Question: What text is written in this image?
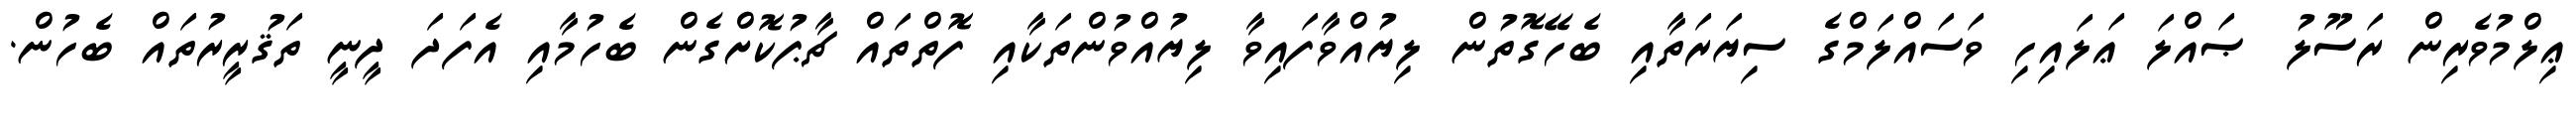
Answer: ޢިލްމުވެރިން ރަސޫލު ޞައްލަ ޢަލައިހި ވަސައްލަމްގެ ސިޔަރަތާއި ބެހޭގޮތުން ލިޔުއްވާފައިވާ ލިޔުއްވުންތަކާއި ފޮތްތައް ޗާޕުކޮށްގެން ބެހުމާއި އެފަދަ ދީނީ ތަޤުރީރުތައް ބެހުން.